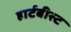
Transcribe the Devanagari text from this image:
हार्टबीस्ट